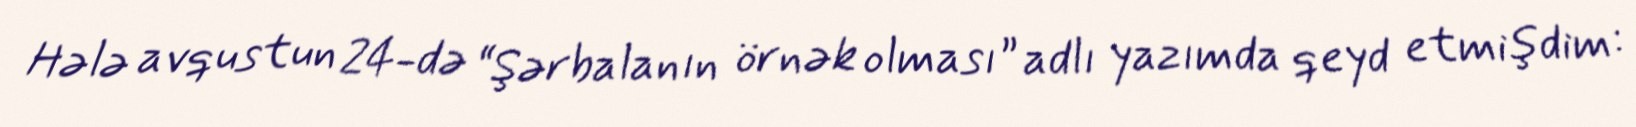
Hələ avqustun 24-də “Şərbalanın örnək olması” adlı yazımda qeyd etmişdim: